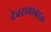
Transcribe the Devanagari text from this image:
देवरायांबद्दल